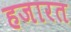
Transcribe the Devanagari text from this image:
हजारत